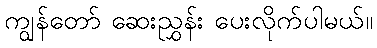
ကျွန်တော် ဆေးညွှန်း ပေးလိုက်ပါမယ်။